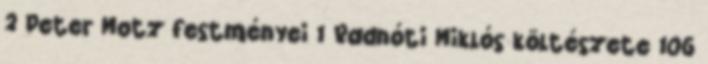
2 Peter Motz festményei 1 Radnóti Miklós költészete 106